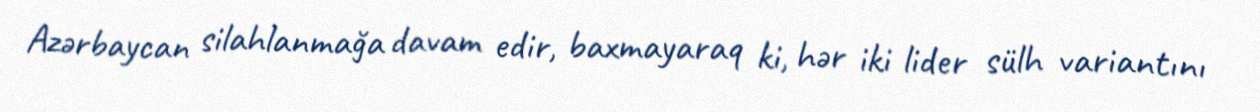
Azərbaycan silahlanmağa davam edir, baxmayaraq ki, hər iki lider sülh variantını